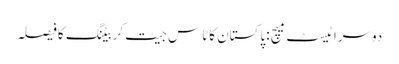
دوسراٹیسٹ میچ :پاکستان کاٹاس جیت کربیٹنگ کافیصلہ